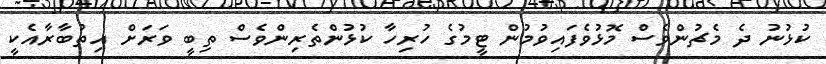
ކުޅުނު ދެ މެޗުންވެސް މޮޅުވެފައިވުމުން ޓީމުގެ ހުރިހާ ކުޅުންތެރިންވެސް ތިބީ ވަރަށް އިތުބާރާއެކީ